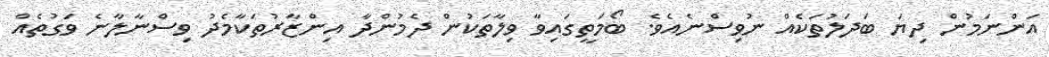
އަންނަމުން ދިޔަ ބަދަލުތަކެއް ނުވިސްނެއެވެ. ބޯމަތީގައިވާ ވިލާތަކުން ދެމުންދާ އިންޒާރުތަކާމެދު ވިސްނާލާނެ ވަގުތެއް